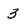
Character: 3